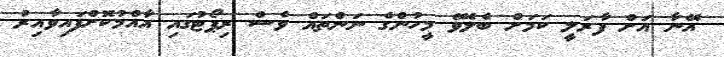
އޭނާ އަށް ފާރަލީ ކަމަށް ބެލެވޭ މީހުންގެ ނަންތައް ވެސް ރިޕޯޓުގައި އާއްމުކޮށްފައިވާއިރު